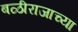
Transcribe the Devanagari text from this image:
बळीराजाच्या